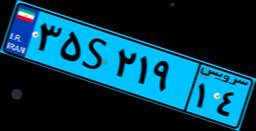
۳۵S۲۱۵۴۱